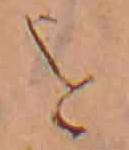
を